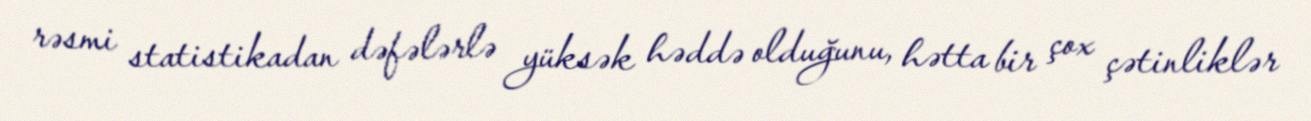
rəsmi statistikadan dəfələrlə yüksək həddə olduğunu, hətta bir çox çətinliklər